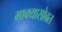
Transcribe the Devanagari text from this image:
माक्यासोबत